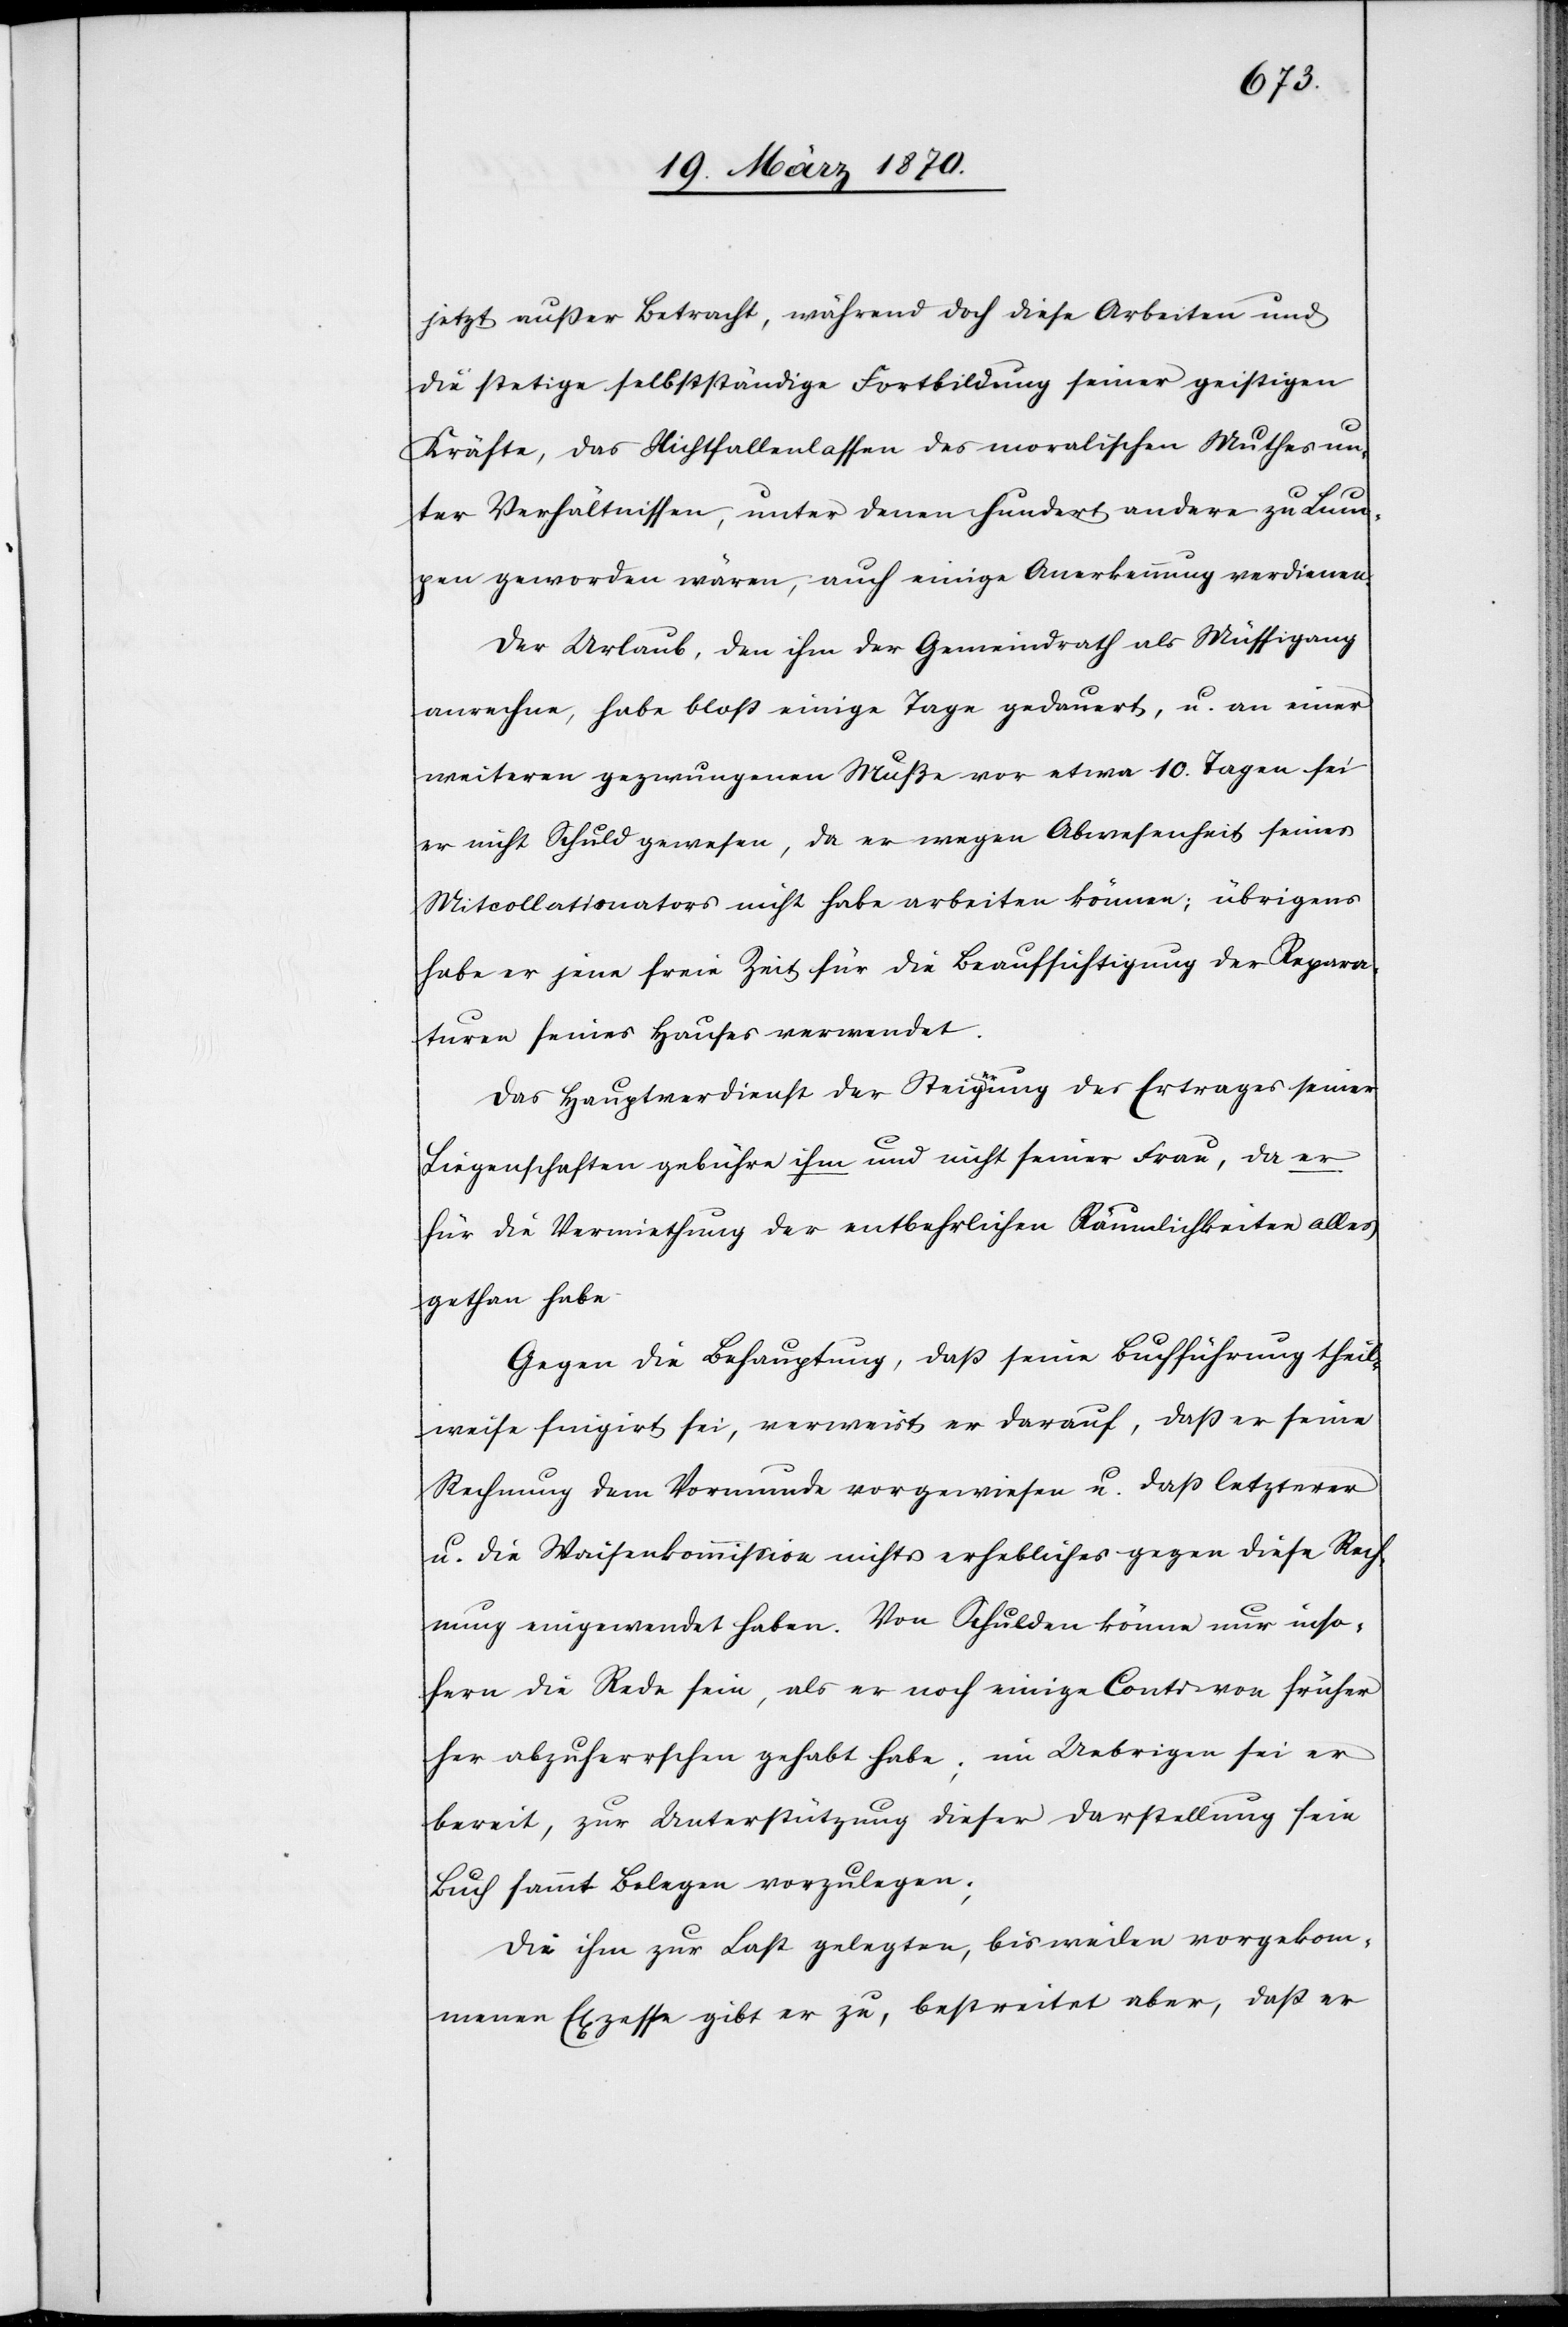
jetzt außer Betracht, während doch diese Arbeiten und
die stetige selbstständige Fortbildung seiner geistigen
Kräfte, das Nichfallenlassen des moralischen Muthes un¬
ter Verhältnissen, unter denen hundert andere zu Lum¬
pen geworden wären, auch einige Anerkennung verdienen.
Der Urlaub, den ihm der Gemeindrath als Müssigang
anrechne, habe bloß einige Tage gedauert, u. an einer
weiteren gezwungenen Muße vor etwa 10. Tagen sei
er nicht Schuld gewesen, da er wegen Abwesenheit seines
Mitcollationators nicht habe arbeiten können; übrigens
habe er jene freie Zeit für die Beaufsichtigung der Repara¬
turen seines Hauses verwendet.
Das Hauptverdienst der Steiga-er-aung des Ertrages seiner
Liegenschaften gebühre ihm und nicht seiner Frau, da er
für die Vermiethung der entbehrlichen Räumlichkeiten alles
gethan habe.
Gegen die Behauptung, daß seine Buchführung theil¬
weise fingiert sei, verweist er darauf, daß er seine
Rechnung dem Vormunde vorgewiesen u. daß letzterer
u. die Waisenkommission nichts erhebliches gegen diese Rech¬
nung eingewendet haben. Von Schulden könne nur inso¬
fern die Rede sein, als er noch einige Conti von früher
her abzuherrschen gehabt habe; im Uebrigen sei er
bereit, zur Unterstützung dieser Darstellung sein
Buch sammt Belegen vorzulegen;
Die ihm zur Last gelegten, bisweilen vorgekom¬
menen Exzesse gibt er zu, bestreitet aber, daß er